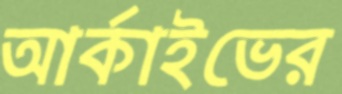
আর্কাইভের